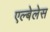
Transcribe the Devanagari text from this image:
एल्बेलेस